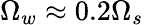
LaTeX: \Omega_{w}\approx 0.2\Omega_{s}